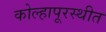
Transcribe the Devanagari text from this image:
कोल्हापूरस्थीत